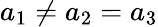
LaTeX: a_{1}\neq a_{2}=a_{3}